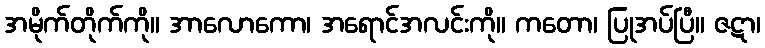
အမိုက်တိုက်ကို။ အာလောကော၊ အရောင်အလင်းကို။ ကတော၊ ပြုအပ်ပြီ။ ဇဋာ၊